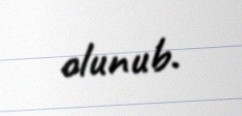
olunub.